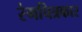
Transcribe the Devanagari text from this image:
रंगचित्रकार